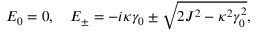
E _ { 0 } = 0 , \quad E _ { \pm } = - i \kappa \gamma _ { 0 } \pm \sqrt { 2 J ^ { 2 } - \kappa ^ { 2 } \gamma _ { 0 } ^ { 2 } } ,